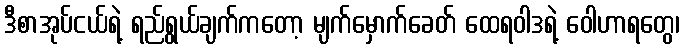
ဒီစာအုပ်ငယ်ရဲ့ ရည်ရွယ်ချက်ကတော့ မျက်မှောက်ခေတ် ထေရဝါဒရဲ့ ဝေါဟာရတွေ၊